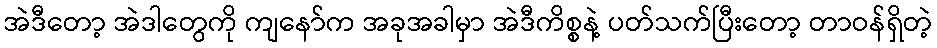
အဲဒီတော့ အဲဒါတွေကို ကျနော်က အခုအခါမှာ အဲဒီကိစ္စနဲ့ ပတ်သက်ပြီးတော့ တာဝန်ရှိတဲ့